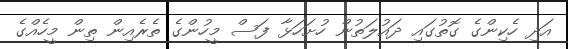
އަދި ހެކިންގެ ގޮތުގައި ދައުލަތުން ހުށަހަޅާ ފަސް މީހުންގެ ތެރެއިން ތިން މީހެެއްގެ